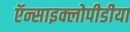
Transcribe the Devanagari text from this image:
ऍन्साइक्लोपीडीया